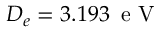
D _ { e } = 3 . 1 9 3 \, \textrm { e V }